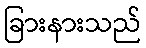
ခြားနားသည်